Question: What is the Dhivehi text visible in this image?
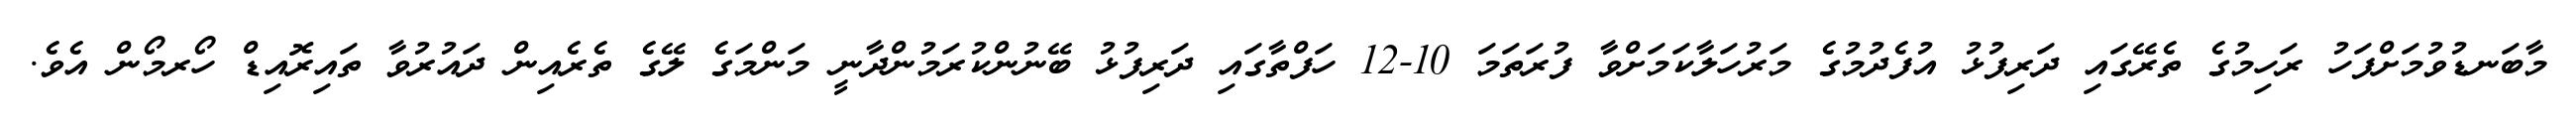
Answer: މާބަނޑުވުމަށްފަހު ރަހިމުގެ ތެރޭގައި ދަރިފުޅު އުފެދުމުގެ މަރުހަލާކަމަށްވާ ފުރަތަމަ 10-12 ހަފްތާގައި ދަރިފުޅު ބޭނުންކުރަމުންދާނީ މަންމަގެ ލޭގެ ތެރެއިން ދައުރުވާ ތައިރޮއިޑް ހޯރމޯން އެވެ.